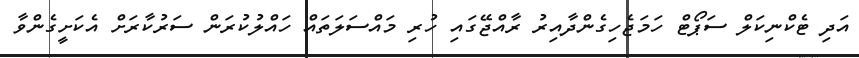
އަދި ޓެކްނިކަލް ސަޕޯޓް ހަމަޖެހިގެންދާއިރު ރާއްޖޭގައި ހުރި މައްސަލަތައް ހައްލުކުރަން ސަރުކާރަށް އެކަށީގެންވާ